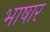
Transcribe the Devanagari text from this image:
भाषार